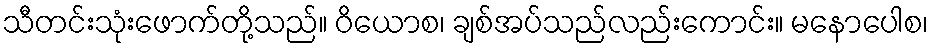
သီတင်းသုံးဖောက်တို့သည်။ ဝိယောစ၊ ချစ်အပ်သည်လည်းကောင်း။ မနောပေါစ၊